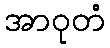
အာဝုတံ